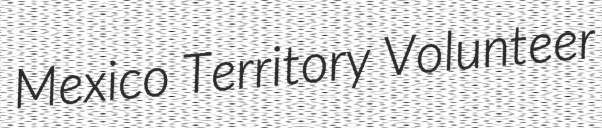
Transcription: Mexico Territory Volunteer